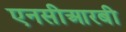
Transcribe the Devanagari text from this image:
एनसीआरबी